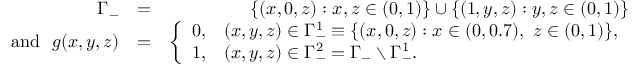
\begin{array} { r l r } { \Gamma _ { - } } & { = } & { \{ ( x , 0 , z ) : x , z \in ( 0 , 1 ) \} \cup \{ ( 1 , y , z ) : y , z \in ( 0 , 1 ) \} } \\ { \mathrm { a n d ~ } \, \, g ( x , y , z ) } & { = } & { \left\{ \begin{array} { r l } { 0 , } & { ( x , y , z ) \in \Gamma _ { - } ^ { 1 } \equiv \{ ( x , 0 , z ) : x \in ( 0 , 0 . 7 ) , \ z \in ( 0 , 1 ) \} , } \\ { 1 , } & { ( x , y , z ) \in \Gamma _ { - } ^ { 2 } = \Gamma _ { - } \setminus \Gamma _ { - } ^ { 1 } . } \end{array} \right. } \end{array}